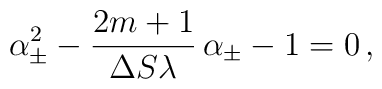
\alpha_\pm^2-\frac{2m+1}{\Delta S\lambda}\,\alpha_\pm-1=0\, ,